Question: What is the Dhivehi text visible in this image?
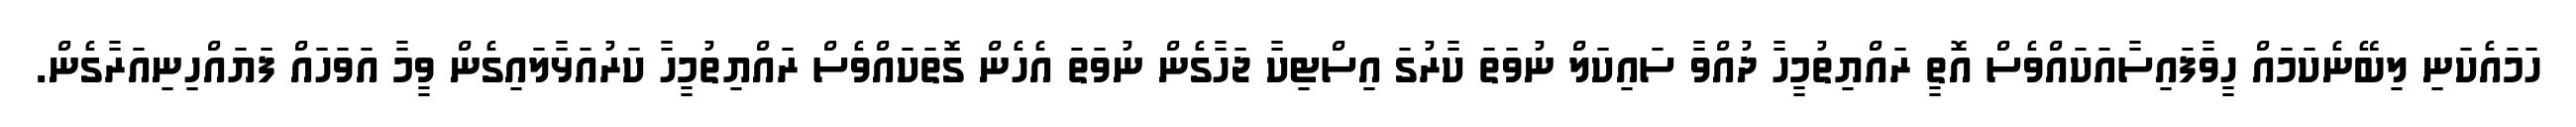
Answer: ހަމައެކަނި ލިބޭނެކަމައް ހީވާފައިސާއަކައްވެސް އޮތީ ރައްޔިތުމީހާ ދުއްވާ ސައިކަލް ނުވަތަ ކާރުގަ އިސްޓިކާ ޖަހާގެން ނުވަތަ އެހެން ގޮތަކައްވެސް ރައްޔިތުމީހާ ކަރުއަޅާލައިގެން ވީމާ އަވަހައް ފަޔައްހިނިއަރާގެން.